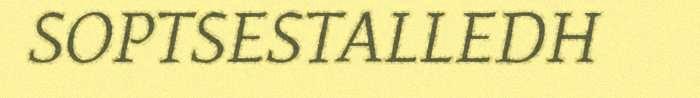
SOPTSESTALLEDH